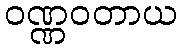
ဝဏ္ဏဝတာယ